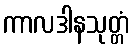
ကာလဒါနသုတ္တံ